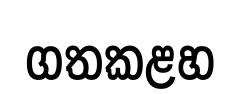
ගතකළහ